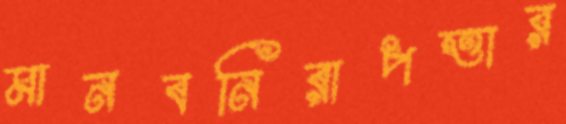
মানবনিরাপত্তার